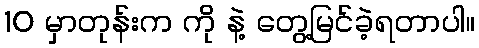
10 မှာတုန်းက ကို နဲ့ တွေ့မြင်ခဲ့ရတာပါ။